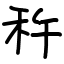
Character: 𫀩